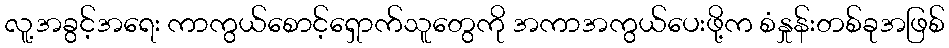
လူ့အခွင့်အရေး ကာကွယ်စောင့်ရှောက်သူတွေကို အကာအကွယ်ပေးဖို့က စံနှုန်းတစ်ခုအဖြစ်